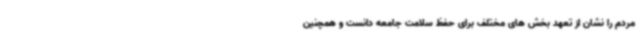
مردم را نشان از تعهد بخش های مختلف برای حفظ سلامت جامعه دانست و همچنین